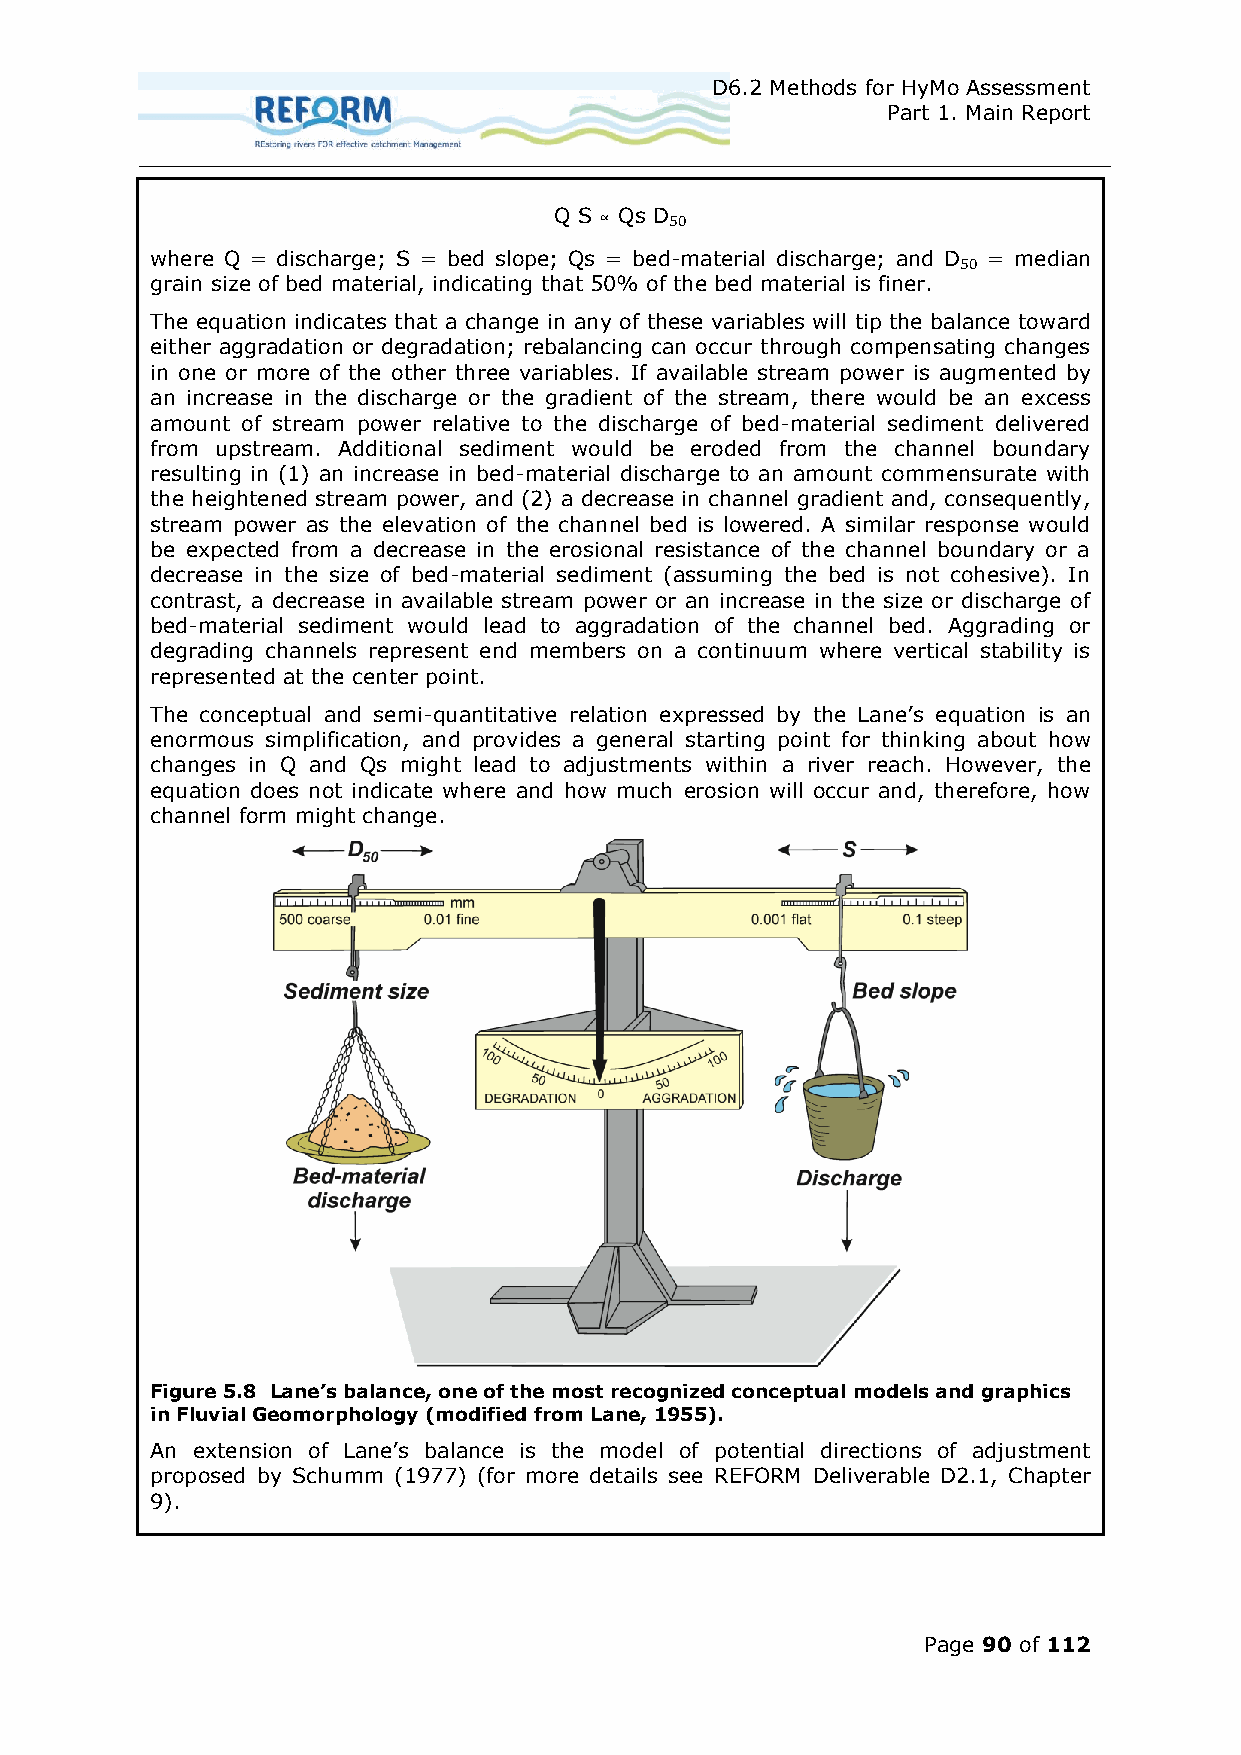
D6.2 Methods for HyMo Assessment
 Part 1. Main Report
 Q S ∝ Qs D
 50
 where Q = discharge; S = bed slope; Qs = bed-material discharge; and D = median
 50
 grain size of bed material, indicating that 50% of the bed material is finer.
 The equation indicates that a change in any of these variables will tip the balance toward
 either aggradation or degradation; rebalancing can occur through compensating changes
 in one or more of the other three variables. If available stream power is augmented by
 an increase in the discharge or the gradient of the stream, there would be an excess
 amount of stream power relative to the discharge of bed-material sediment delivered
 from upstream. Additional sediment would be eroded from the channel boundary
 resulting in (1) an increase in bed-material discharge to an amount commensurate with
 the heightened stream power, and (2) a decrease in channel gradient and, consequently,
 stream power as the elevation of the channel bed is lowered. A similar response would
 be expected from a decrease in the erosional resistance of the channel boundary or a
 decrease in the size of bed-material sediment (assuming the bed is not cohesive). In
 contrast, a decrease in available stream power or an increase in the size or discharge of
 bed-material sediment would lead to aggradation of the channel bed. Aggrading or
 degrading channels represent end members on a continuum where vertical stability is
 represented at the center point.
 The conceptual and semi-quantitative relation expressed by the Lane’s equation is an
 enormous simplification, and provides a general starting point for thinking about how
 changes in Q and Qs might lead to adjustments within a river reach. However, the
 equation does not indicate where and how much erosion will occur and, therefore, how
 channel form might change.
 Figure 5.8 Lane’s balance, one of the most recognized conceptual models and graphics
 in Fluvial Geomorphology (modified from Lane, 1955).
 n extension of Lane’s balance is the model of potential directions of adjustment
 proposed by Schumm (1977) (for more details see REFORM Deliverable D2.1, Chapter
 9).
 Page 90 of 112